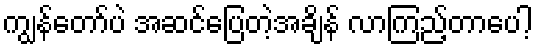
ကျွန်တော်ပဲ အဆင်ပြေတဲ့အချိန် လာကြည့်တာပေါ့